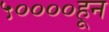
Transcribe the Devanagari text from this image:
५००००हून